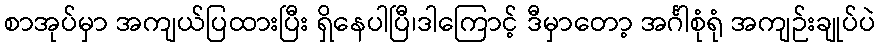
စာအုပ်မှာ အကျယ်ပြထားပြီး ရှိနေပါပြီ၊ဒါကြောင့် ဒီမှာတော့ အင်္ဂါစုံရုံ အကျဉ်းချုပ်ပဲ